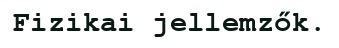
Fizikai jellemzők.